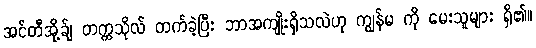
အင်တီအို့ခ်ျ တက္ကသိုလ် တက်ခဲ့ပြီး ဘာအကျိုးရှိသလဲဟု ကျွန်မ ကို မေးသူများ ရှိ၏။